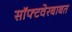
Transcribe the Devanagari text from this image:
सॉफ्टवेरबाबत